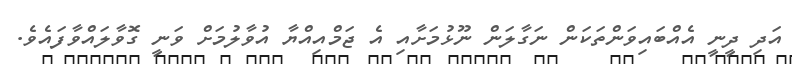
އަދި ދީނީ އެއްބައިވަންތަކަން ނަގާލަން ނޫޅުމަށާއި އެ ޖަމްއިއްޔާ އުވާލުމަށް ވަނީ ގޮވާލައްވާފައެވެ.